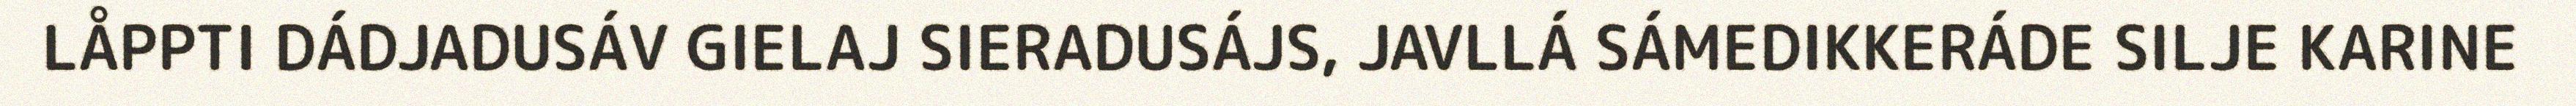
LÅPPTI DÁDJADUSÁV GIELAJ SIERADUSÁJS, JAVLLÁ SÁMEDIKKERÁDE SILJE KARINE